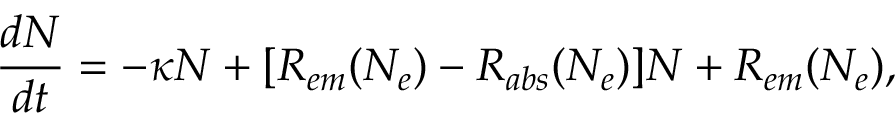
\frac { d N _ { } } { d t } = - \kappa N _ { } + [ R _ { e m } ( N _ { e } ) - R _ { a b s } ( N _ { e } ) ] N _ { } + R _ { e m } ( N _ { e } ) ,